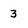
Character: 3